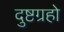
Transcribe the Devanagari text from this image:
दुष्टग्रहो